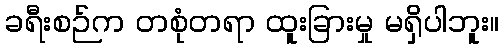
ခရီးစဉ်က တစုံတရာ ထူးခြားမှု မရှိပါဘူး။